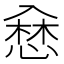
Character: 𢞥